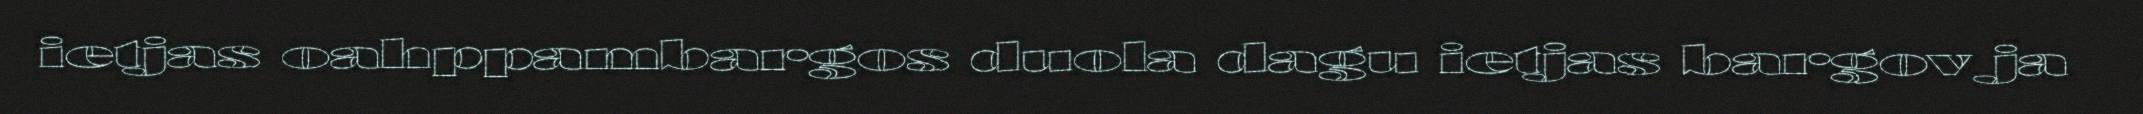
ietjas oahppambargos duola dagu ietjas bargov ja